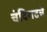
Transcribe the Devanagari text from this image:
चंदिगढचे